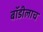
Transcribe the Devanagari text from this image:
बॉडीलाच